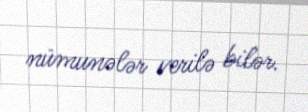
nümunələr verilə bilər.